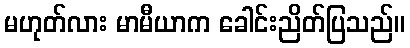
မဟုတ်လား မာမီယာက ခေါင်းညိတ်ပြသည်။